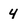
Character: 4